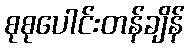
စုစုပေါင်းတန်ချိန်